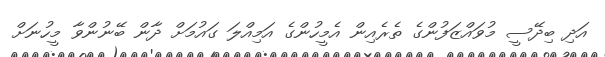
އަދި ބިދޭސީ މުވައްޒަފުންގެ ތެރެއިން އެމީހުންގެ އަމިއްލަ ގައުމަށް ދާން ބޭނުންވާ މީހުނަށް